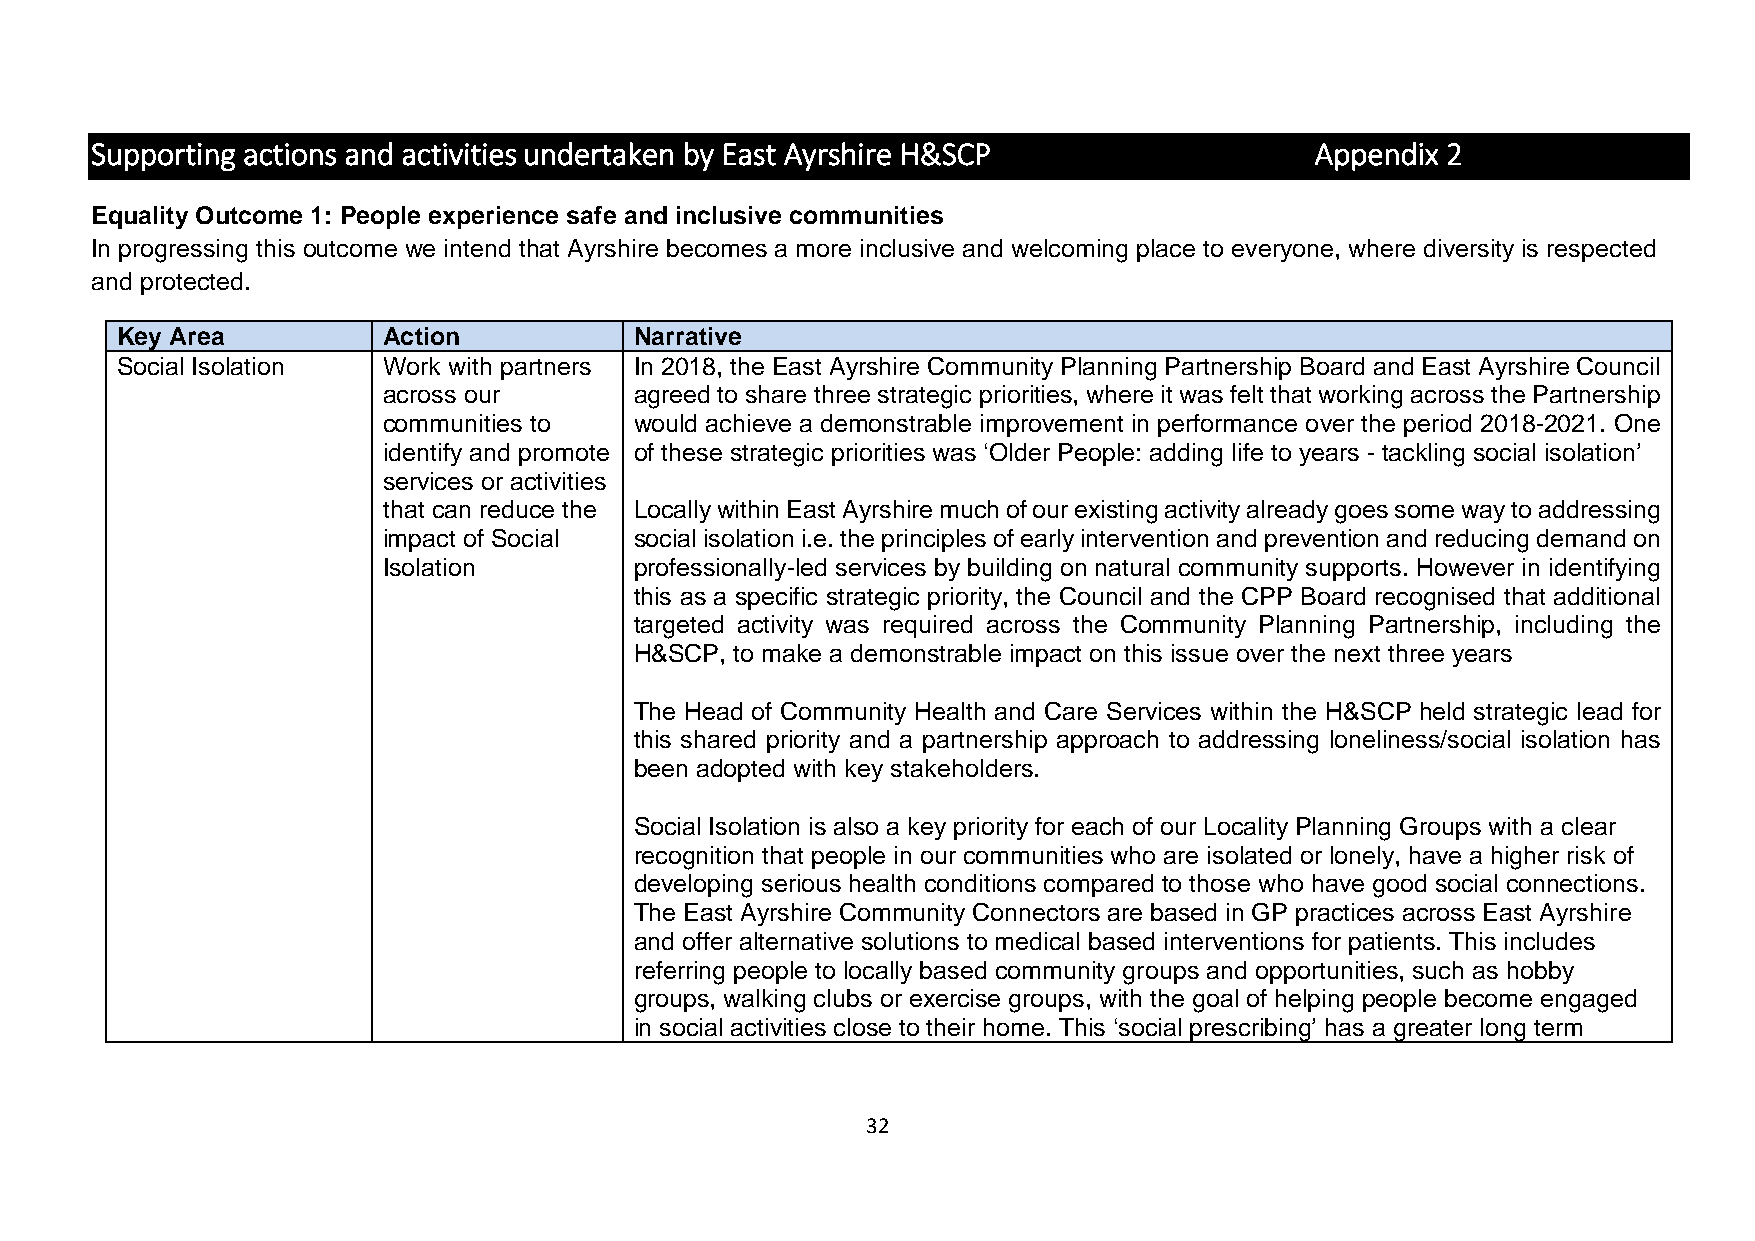
Supporting actions and activities undertaken by East Ayrshire H&SCP              Appendix 2
 Equality Outcome 1: People experience safe and inclusive communities
 In progressing this outcome we intend that Ayrshire becomes a more inclusive and welcoming place to everyone, where diversity is respected
 and protected.
 Key Area         Action           Narrative
 Social Isolation Work with partners In 2018, the East Ayrshire Community Planning Partnership Board and East Ayrshire Council
 across our       agreed to share three strategic priorities, where it was felt that working across the Partnership
 communities to   would achieve a demonstrable improvement in performance over the period 2018-2021. One
 identify and promote of these strategic priorities was ‘Older People: adding life to years - tackling social isolation’
 services or activities
 that can reduce the Locally within East Ayrshire much of our existing activity already goes some way to addressing
 impact of Social social isolation i.e. the principles of early intervention and prevention and reducing demand on
 Isolation        professionally-led services by building on natural community supports. However in identifying
 this as a specific strategic priority, the Council and the CPP Board recognised that additional
 targeted activity was required across the Community Planning Partnership, including the
 H&SCP, to make a demonstrable impact on this issue over the next three years
 The Head of Community Health and Care Services within the H&SCP held strategic lead for
 this shared priority and a partnership approach to addressing loneliness/social isolation has
 been adopted with key stakeholders.
 Social Isolation is also a key priority for each of our Locality Planning Groups with a clear
 recognition that people in our communities who are isolated or lonely, have a higher risk of
 developing serious health conditions compared to those who have good social connections.
 The East Ayrshire Community Connectors are based in GP practices across East Ayrshire
 and offer alternative solutions to medical based interventions for patients. This includes
 referring people to locally based community groups and opportunities, such as hobby
 groups, walking clubs or exercise groups, with the goal of helping people become engaged
 in social activities close to their home. This ‘social prescribing’ has a greater long term
 32